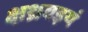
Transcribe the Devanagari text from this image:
क्षथ्रवइयं